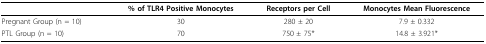
|  | % of TLR4 Positive Monocytes | Receptors per Cell | Monocytes Mean Fluorescence |
 | --- | --- | --- | --- |
 | Pregnant Group (n = 10) | 30 | 280 ± 20 | 7.9 ± 0.332 |
 | PTL Group (n = 10) | 70 | 750 ± 75* | 14.8 ± 3.921* |